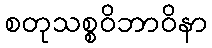
စတုသစ္စဝိဘာဝိနာ